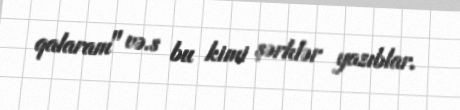
qalaram" və.s bu kimi şərhlər yazıblar.